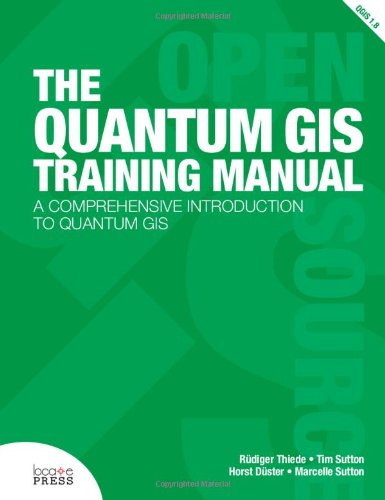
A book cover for The Quantum GIS Training Manual; Rudiger Thiede; Computers & Technology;